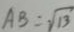
A B = \sqrt { 1 3 }